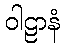
ဝါဠာနံ